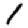
Digit: 1